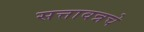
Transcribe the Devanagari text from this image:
सत्तावन्नचे